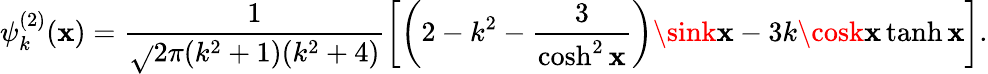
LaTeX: \psi_{k}^{(2)}(\mathbf{x})=\frac{{1}}{{\sqrt{}{{2\pi(k^{2}+1)(k^{2}+4)}}}}\left[\left(2-k^{2}-\frac{{3}}{{\cosh^{2}\mathbf{x}}}\right)\sink\mathbf{x}-3k\cosk\mathbf{x}\operatorname{tanh}\mathbf{x}\right].